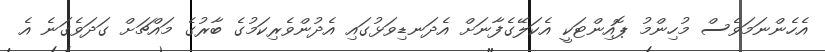
އެހެންނަމަވެސް މުހިންމު ޕޮއިންޓަކީ އެކަލޭގެފާނަށް އެދަނޑިވަޅުގައި އެދުންވެރިކަމުގެ ބާރުގެ މައްޗަށް ގަދަވެގަނެ އެ